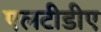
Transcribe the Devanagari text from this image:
एलटीडीए